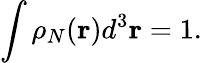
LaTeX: \int\rho_{N}(\mathbf{r})d^{3}\mathbf{r}=1.